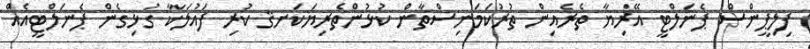
ފިލިޕީންސް ޕެނަލްޓީ އޭރިޔާ ތެރެއިން ތުރުކަމަނިސްތާން ކުޅުންތެރިޔަކަށޤ ކުރި ފައުލަކާ ގުޅިގެން ޕެނަލްޓީއެއް